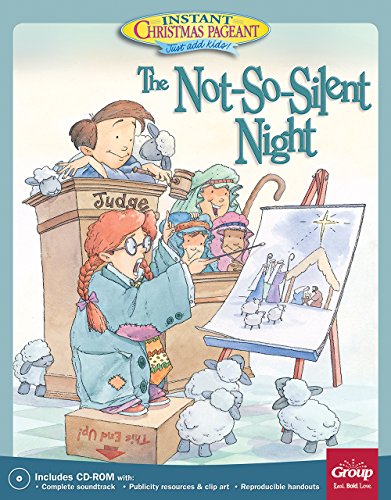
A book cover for The Not-So-Silent-Night:: An Instant Christmas Pageant; Group Publishing; Christian Books & Bibles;